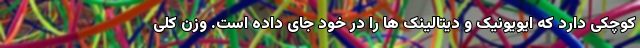
کوچکی دارد که ایویونیک و دیتالینک ها را در خود جای داده است. وزن کلی